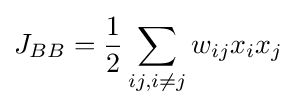
J_{BB}={\frac {1}{2}}\sum _{ij,i\neq j}w_{ij}x_{i}x_{j}